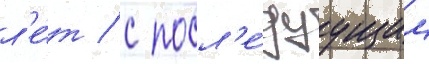
л'е́т / с посл'е́дуущим